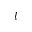
l